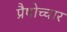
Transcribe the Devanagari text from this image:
प्रैषोच्चार